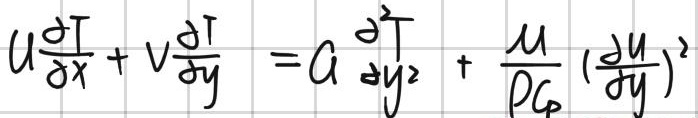
\(\left(\frac{h_{P}}{n_{P}}\right)\frac{\mathrm{d}d}{\mathrm{d}r}+ \frac{h_{P}}{L_{P}}D = \frac{h_{P}}{l_{P}}N+\frac{x_{P}}{l_{P}}n\)